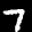
Label: 7